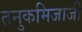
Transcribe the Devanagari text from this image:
तनुकमिजाजी